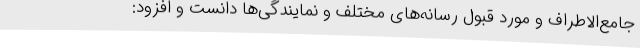
جامع‌الاطراف و مورد قبول رسانه‌های مختلف و نمایندگی‌ها دانست و افزود: